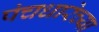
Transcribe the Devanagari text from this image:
पंचधारेच्या